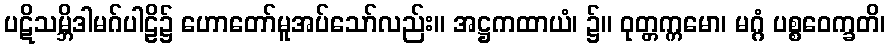
ပဋိသမ္ဘိဒါမဂ်ပါဠိ၌ ဟောတော်မူအပ်သော်လည်း။ အဋ္ဌကထာယံ၊ ၌။ ဝုတ္တက္ကမော၊ မဂ္ဂံ ပစ္စဝေက္ခတိ၊